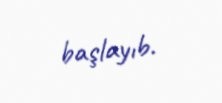
başlayıb.